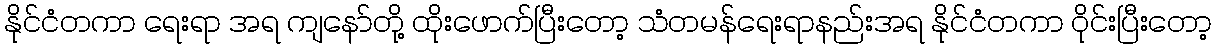
နိုင်ငံတကာ ရေးရာ အရ ကျနော်တို့ ထိုးဖောက်ပြီးတော့ သံတမန်ရေးရာနည်းအရ နိုင်ငံတကာ ဝိုင်းပြီးတော့